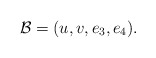
\begin{align*}{\mathcal B}=(u,v,e_3,e_4).\end{align*}